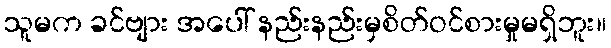
သူမက ခင်ဗျား အပေါ် နည်းနည်းမှစိတ်ဝင်စားမှုမရှိဘူး။